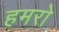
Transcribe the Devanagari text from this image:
हमरो